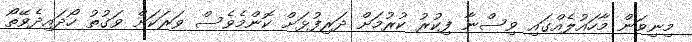
މިނިވަން މާހައުލެއްގައި ވިސްނާ ފިކުރު ކުރުމަށް ދަރިފުޅަށް ކޮންމެވެސް ވަރަކަށް ވަގުތު ހޯދައިދެވޭތޯ